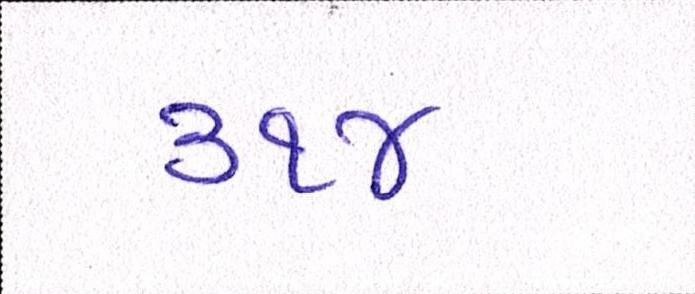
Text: ૩૧૪